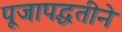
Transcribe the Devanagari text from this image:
पूजापद्धतीने